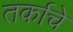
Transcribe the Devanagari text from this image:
तर्काचे